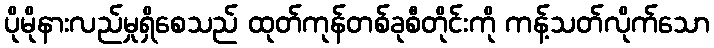
ပိုမိုနားလည်မှုရှိစေသည် ထုတ်ကုန်တစ်ခုစီတိုင်းကို ကန့်သတ်လိုက်သော